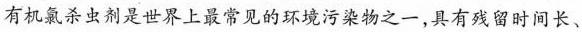
有机氯杀虫剂是世界上最常见的环境污染物之一，具有残留时间长、